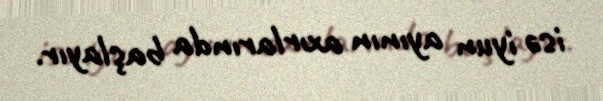
isə iyun ayının axırlarında başlayır.